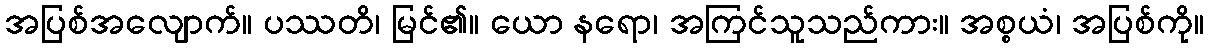
အပြစ်အလျောက်။ ပဿတိ၊ မြင်၏။ ယော နရော၊ အကြင်သူသည်ကား။ အစ္စယံ၊ အပြစ်ကို။